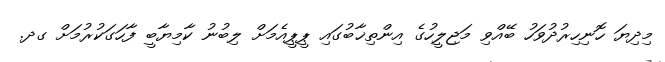
މިދިޔަ ހޮނިހިރުދުވަހު ބޭއްވި މަޖިލީހުގެ އިންތިޚާބުގައި ޕީޕީއެމަށް ލިބުނު ކާމިޔާބީ ފާހަގަކުރުމަށް ގދ.